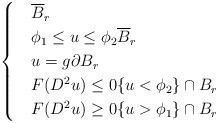
LaTeX: \begin{align*} \begin{cases} & \overline{B}_r \\ &\phi_1 \leq u \leq \phi_2 \overline{B}_r \\ &u=g \partial B_r \\ &F(D^2 u) \leq 0 \{ u < \phi_2 \} \cap B_r \\ &F(D^2 u) \geq 0 \{ u > \phi_1 \} \cap B_r\end{cases}\end{align*}